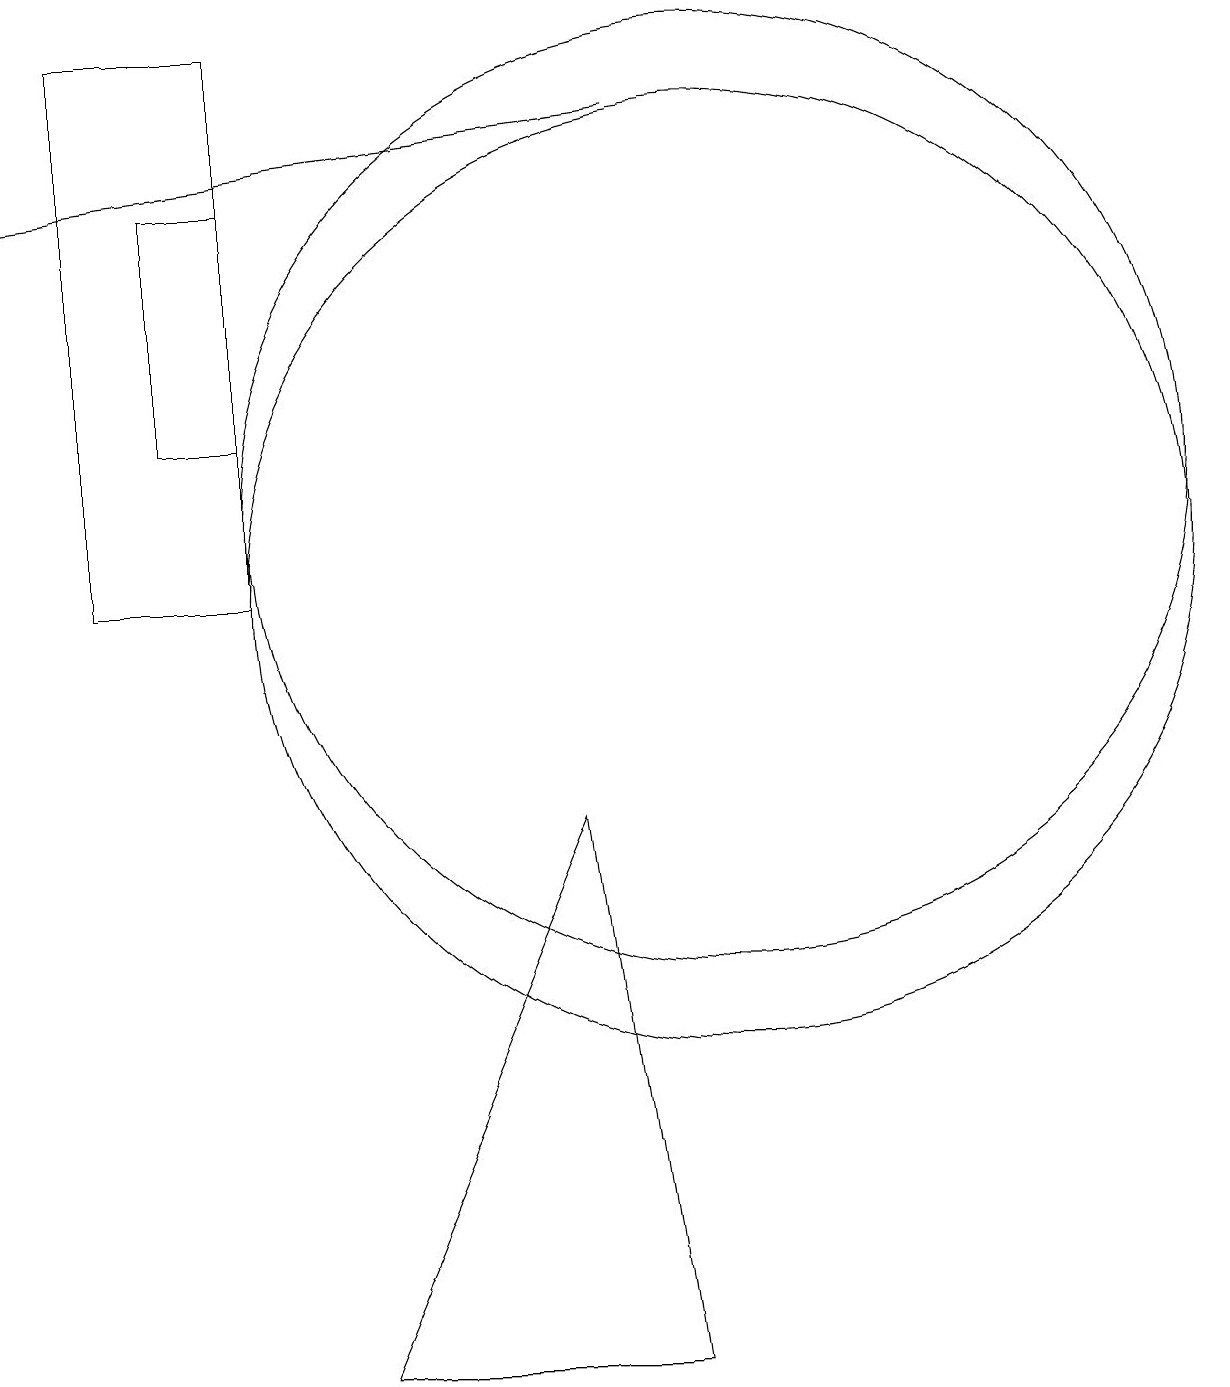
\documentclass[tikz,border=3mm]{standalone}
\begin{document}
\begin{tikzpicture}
\draw (8,8) -- (9,1) -- (5,1) -- cycle;
\draw (2,18) rectangle (4,11);
\draw (3,16) rectangle (4,13);
\draw (10,11) circle (6);
\draw (10,12) circle (6);
\draw[->] (9,17) -- (1,16);
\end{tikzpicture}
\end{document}